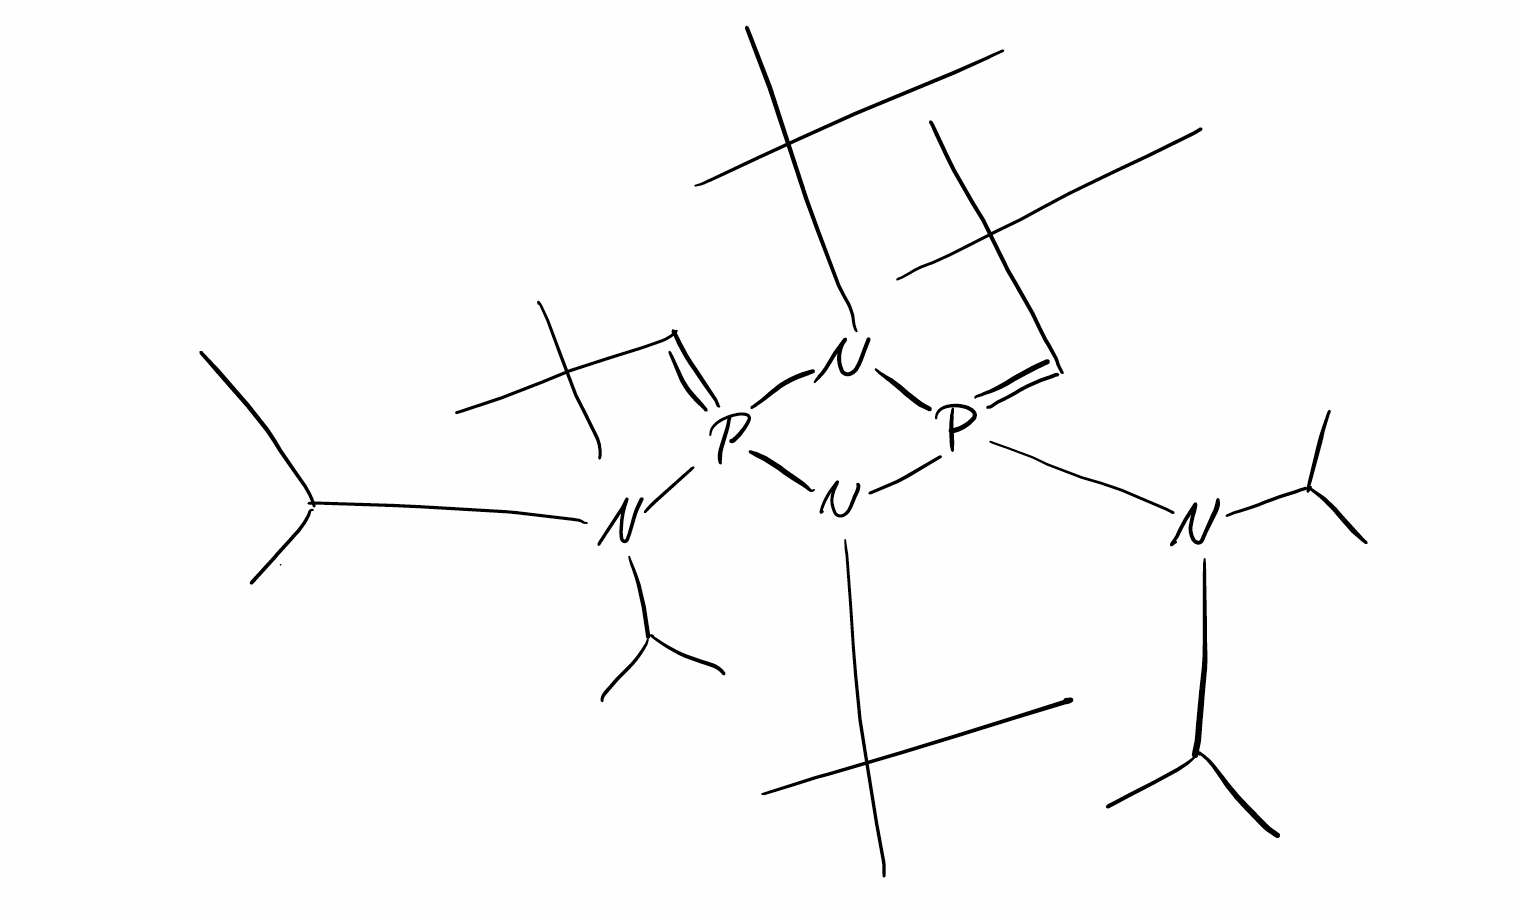
Simplified molecular-input line-entry system (SMILES) notation of the given molecule:
CC(C)N(C(C)C)P1(=CC(C)(C)C)N(P(=CC(C)(C)C)(N1C(C)(C)C)N(C(C)C)C(C)C)C(C)(C)C